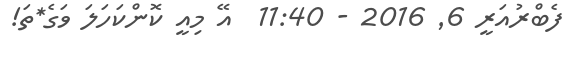
ފެބްރުއަރީ 6